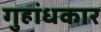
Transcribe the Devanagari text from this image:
गुहांधकार